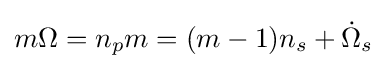
m\Omega =n_{p}m=(m-1)n_{s}+{\dot {\Omega }}_{s}